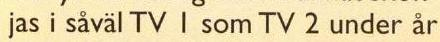
jas i såväl TV I som TV 2 under år